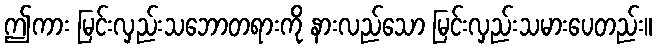
ဤကား မြင်းလှည်းသဘောတရားကို နားလည်သော မြင်းလှည်းသမားပေတည်း။